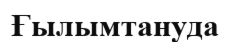
Ғылымтануда